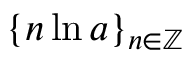
\{ n \ln a \} _ { n \in \mathbb { Z } }